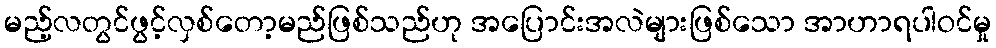
မည့်လတွင်ဖွင့်လှစ်တော့မည်ဖြစ်သည်ဟု အပြောင်းအလဲများဖြစ်သော အာဟာရပါဝင်မှု